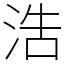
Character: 浩